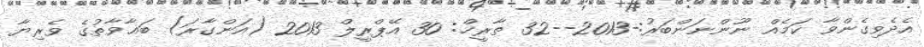
އެދެވިގެންވާ ކަމެއް ނޫންނަންބަރު:-2013--32 ތާރީޚް: 30 އޭޕްރީލް 2013 (އަންގާރަ) ބަޣާވާތުގެ ވެރިޔާ